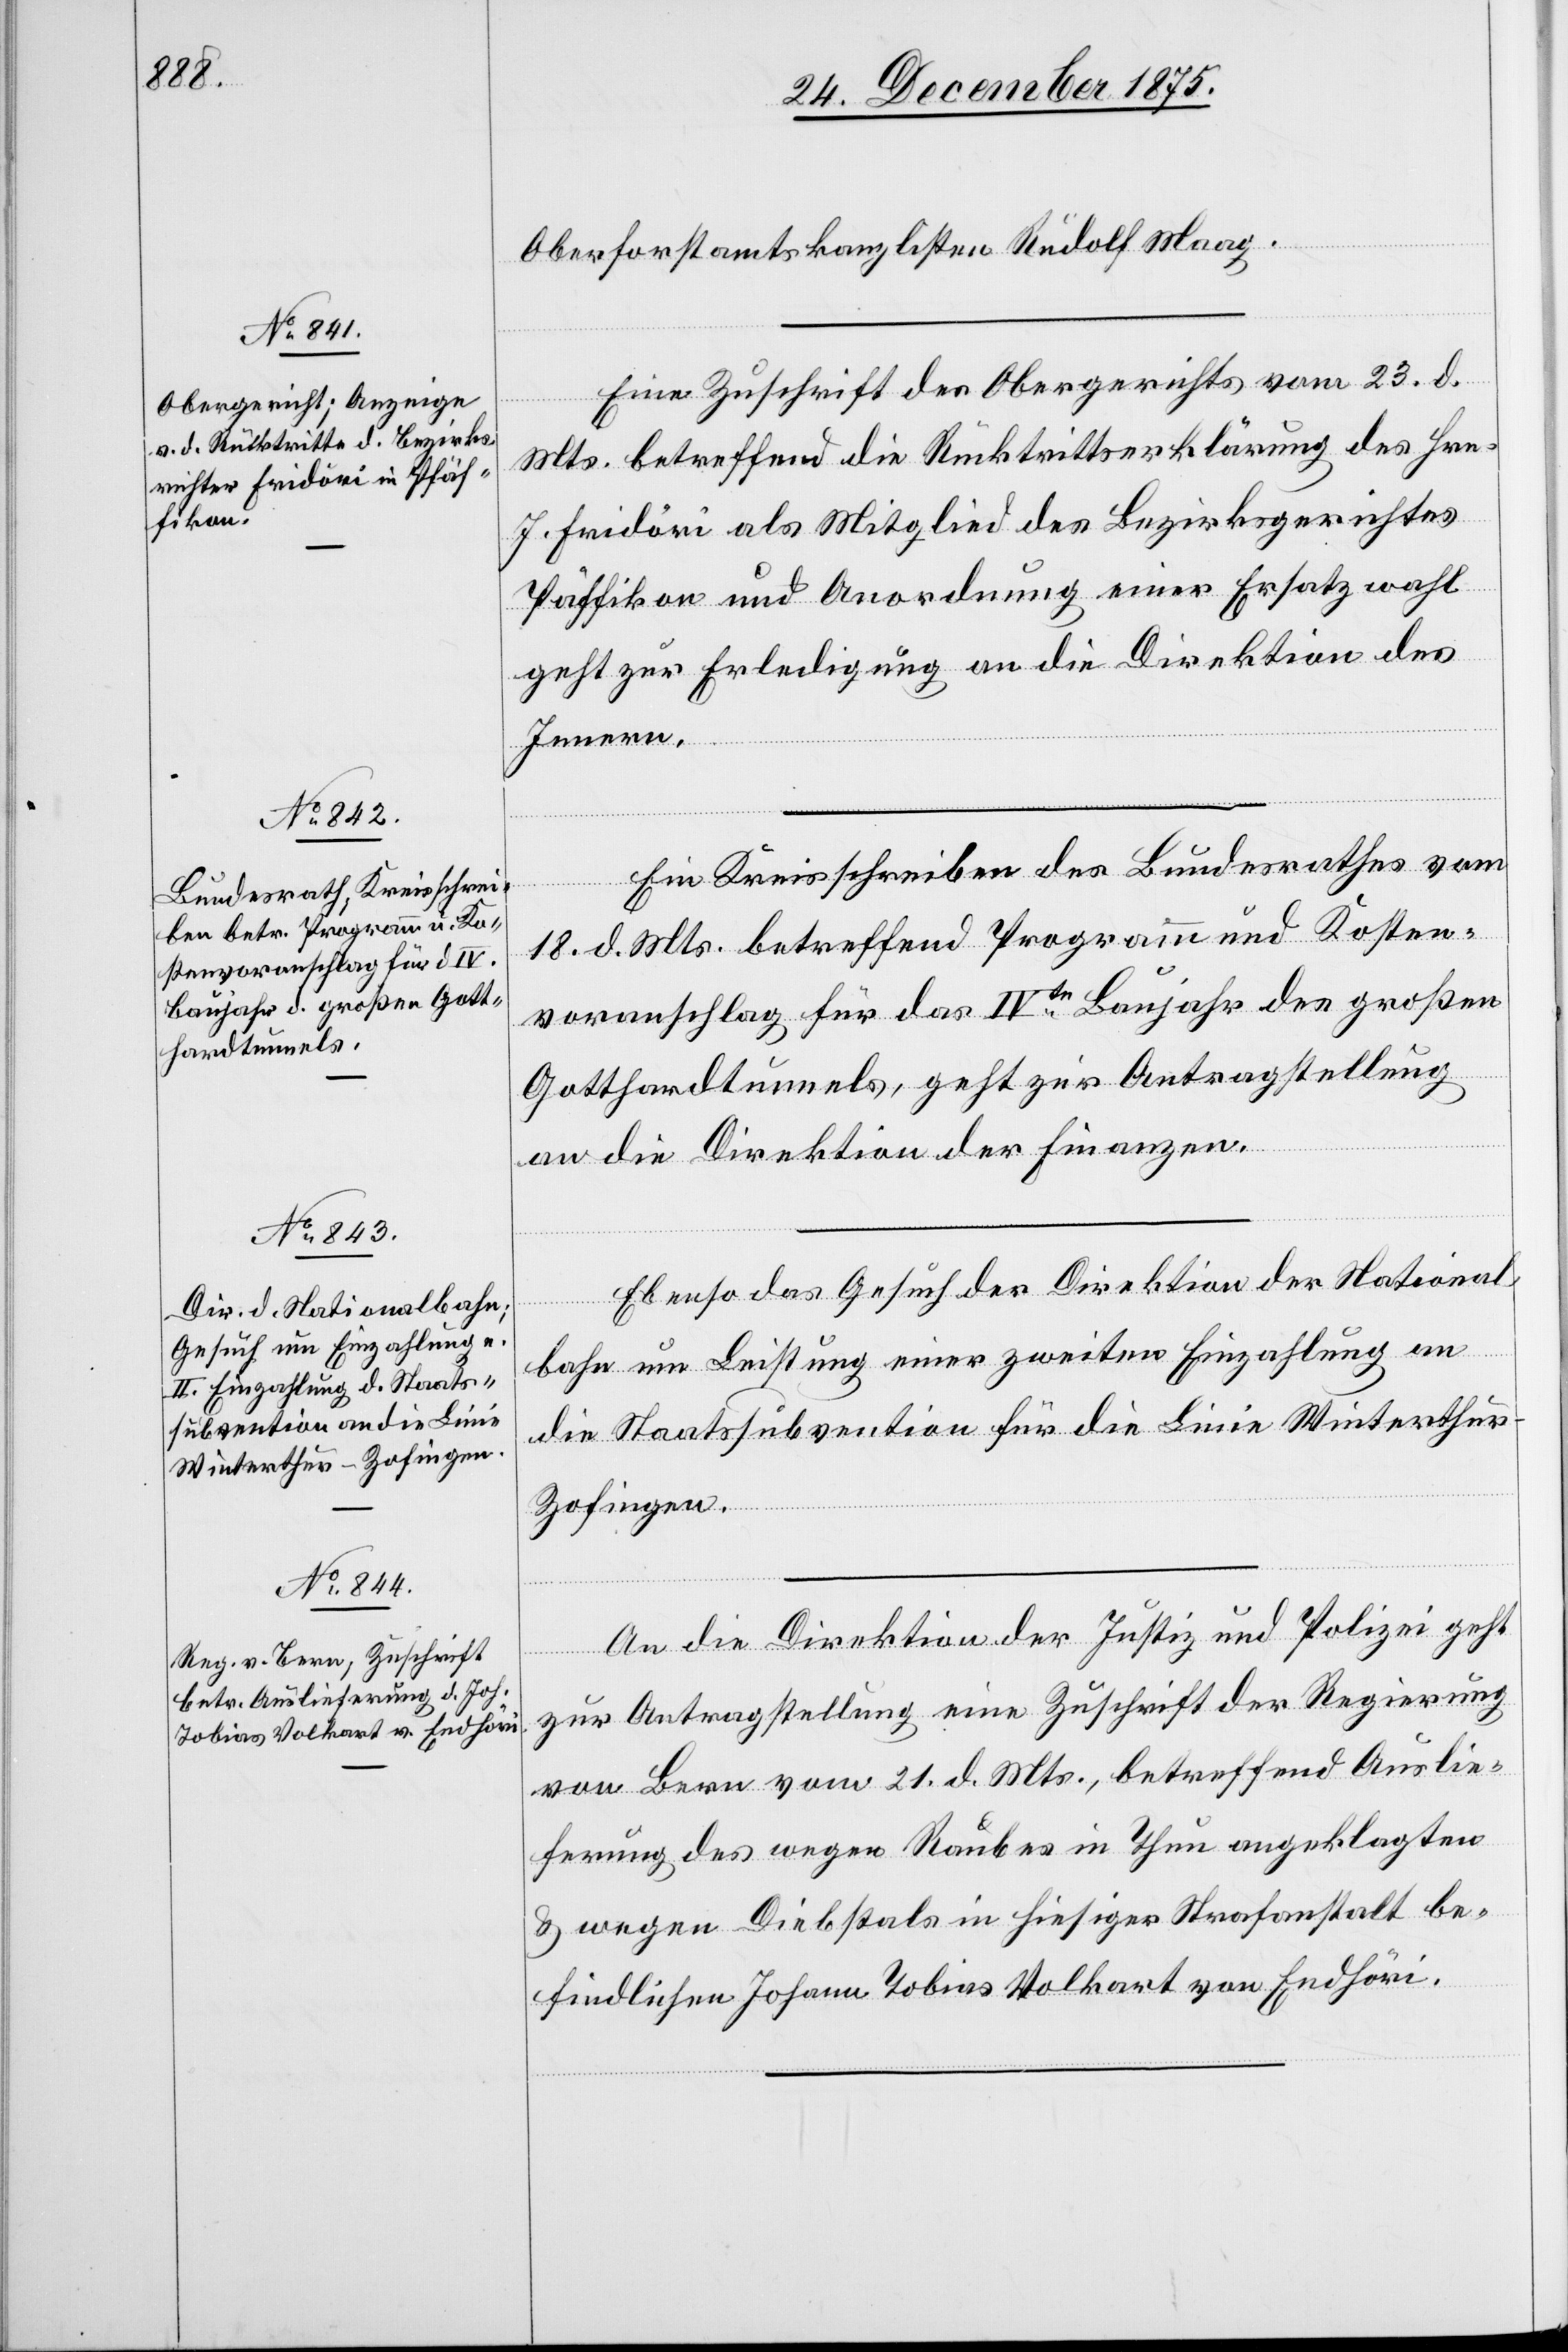
24. December 1875.]
Oberforstamtskanzlisten Rudolf Maag.
Eine Zuschrift des Obergerichts vom 23. d.
Mts. betreffend die Rücktrittserklärung des Hrn.
J. Fridori als Mitglied des Bezirksgerichtes
Pfäffikon und Anordnung einer Ersatzwahl
geht zur Erledigung an die Direktion des
Innern.
Ein Kreisschreiben des Bundesrathes vom
18. d. Mts. betreffend Programm und Kosten¬
voranschlag für das IVte Baujahr des großen
Gotthardtunnels, geht zur Antragstellung
an die Direktion der Finanzen.
Ebenso das Gesuch der Direktion der National¬
bahn um Leistung einer zweiten Einzahlung an
die Staatssubvention für die Linie Winterthur–Z¬
ofingen.
An die Direktion der Justiz und Polizei geht
zur Antragstellung eine Zuschrift der Regierung
von Bern vom 21. d. Mts., betreffend Auslie¬
ferung des wegen Raubes in Thun angeklagten
& wegen Diebstals in hiesiger Strafanstalt be¬
findlichen Johann Tobias Volkart von Endhöri.